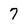
Character: 7